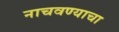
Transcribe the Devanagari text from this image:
नाचवण्याचा